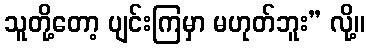
သူတို့တော့ ပျင်းကြမှာ မဟုတ်ဘူး” လို့။